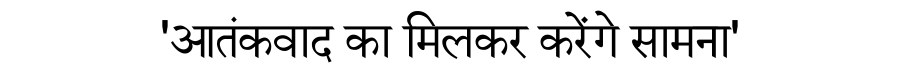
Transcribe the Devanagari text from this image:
'आतंकवाद का मिलकर करेंगे सामना'